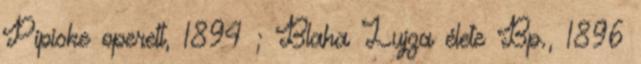
Pipiske operett, 1894 ; Blaha Lujza élete Bp., 1896